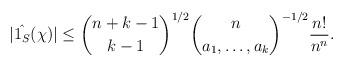
LaTeX: \begin{align*} |\hat{1_S}(\chi)| \leq \binom{n+k-1}{k-1}^{1/2} \binom{n}{a_1,\dots,a_k}^{-1/2} \frac{n!}{n^n}.\end{align*}